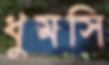
ধুমসি